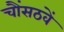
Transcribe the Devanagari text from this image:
चौंसठवें